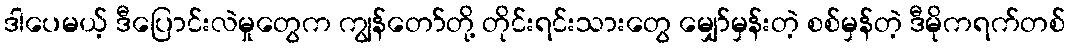
ဒါပေမယ့် ဒီပြောင်းလဲမှုတွေက ကျွန်တော်တို့ တိုင်းရင်းသားတွေ မျှော်မှန်းတဲ့ စစ်မှန်တဲ့ ဒီမိုကရက်တစ်